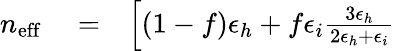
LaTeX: \begin{array}{rlr}{n_{\mathrm{eff}}}&{{}=}&{\left[(1-f)\epsilon_{h}+f\epsilon_{i}\frac{3\epsilon_{h}}{2\epsilon_{h}+\epsilon_{i}}\right.}\end{array}